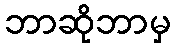
ဘာဆိုဘာမှ